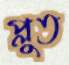
প্লুত